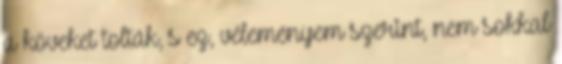
a köveket tolták, s ez, véleményem szerint, nem sokkal